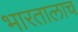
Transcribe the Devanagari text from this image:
भारतालाच